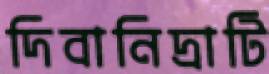
দিবানিদ্রাটি